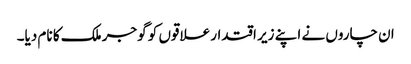
ان چاروں نے اپنے زیر اقتدار علاقوں کو گوجر ملک کا نام دیا۔